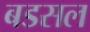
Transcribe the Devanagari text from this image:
बडसल